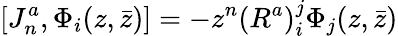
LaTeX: [J_{n}^{a},\Phi_{i}(z,\bar{z})]=-z^{n}(R^{a})_{i}^{j}\Phi_{j}(z,\bar{z})